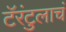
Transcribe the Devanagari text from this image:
टॅरंटुलाचं